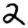
Digit: 2